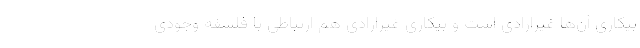
بیکاری آن‌ها غیرارادی است و بیکاری غیرارادی هم ارتباطی با فلسفه وجودی